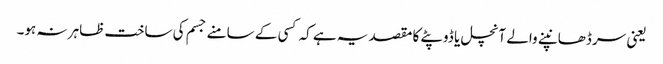
یعنی سر ڈھانپنے والے آنچل یا ڈوپٹے کا مقصد یہ ہے کہ کسی کے سامنے جسم کی ساخت ظاہر نہ ہو۔